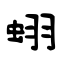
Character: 蛡